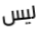
ليس